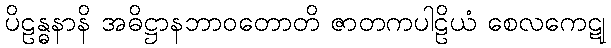
ပိဠန္ဓနာနိ အဓိဋ္ဌာနဘာဝတောတိ ဇာတကပါဠိယံ စေလကေဋု